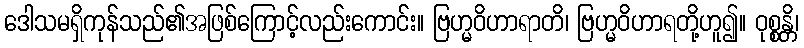
ဒေါသမရှိကုန်သည်၏အဖြစ်ကြောင့်လည်းကောင်း။ ဗြဟ္မဝိဟာရာတိ၊ ဗြဟ္မဝိဟာရတို့ဟူ၍။ ဝုစ္စန္တိ၊